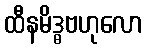
ထီနမိဒ္ဓဗဟုလော